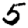
Digit: 5